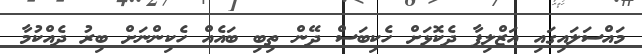
މައްސަލައިގައި އަޒްލިފާ ދެކޮޅަށް ހެކިބަސް ދޭން ތިބި ބައެއް ހެކިންނަށް ބިރު ދެއްކުމާ